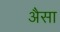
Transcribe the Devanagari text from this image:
अैसा